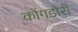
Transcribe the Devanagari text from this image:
कोंगडोरी